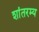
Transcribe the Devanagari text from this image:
शांतरम्य